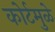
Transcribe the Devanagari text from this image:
कोर्टमुळे